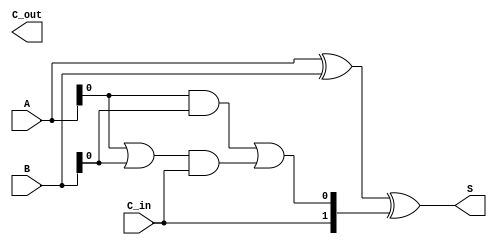
module CLA_4bit(
    input [3:0] A,
    input [3:0] B,
    input C_in,
    output [3:0] S,
    output C_out
);
    wire G, P, C_out_local;

    // Generate and propagate signals
    assign G = A & B;          // Generate
    assign P = A | B;          // Propagate

    // Full adder logic
    assign S = A ^ B ^ {C_in, C_out_local}; // Sum output
    assign C_out_local = G | (P & C_in); // Carry out

endmodule